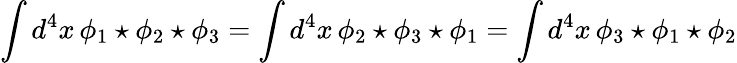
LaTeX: \int d^{4}x\, \phi_{1}\star\phi_{2}\star\phi_{3}=\int d^{4}x\, \phi_{2}\star\phi_{3}\star\phi_{1}=\int d^{4}x\, \phi_{3}\star\phi_{1}\star\phi_{2}